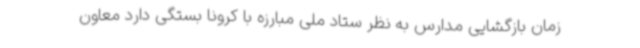
زمان بازگشایی مدارس به نظر ستاد ملی مبارزه با کرونا بستگی دارد معاون